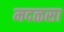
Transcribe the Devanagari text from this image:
मदळसा